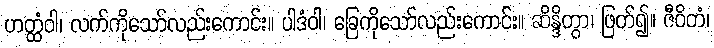
ဟတ္ထံဝါ၊ လက်ကိုသော်လည်းကောင်း။ ပါဒံဝါ၊ ခြေကိုသော်လည်းကောင်း။ ဆိန္ဒိတွာ၊ ဖြတ်၍။ ဇီဝိတံ၊